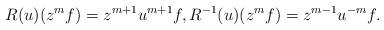
LaTeX: \begin{align*}R(u) (z^mf)={ z^{m+1}}{u}^{m+1} f,R^{-1}(u) (z^mf)={ z}^{m-1} u^{-m}f.\end{align*}